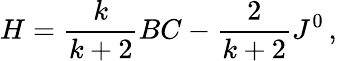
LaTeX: H=\frac{k}{k+2}BC-\frac{2}{k+2}J^{0}\, ,